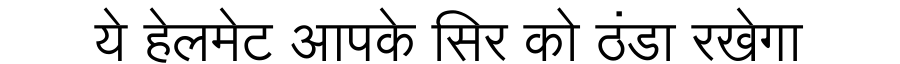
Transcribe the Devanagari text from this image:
ये हेलमेट आपके सिर को ठंडा रखेगा